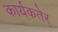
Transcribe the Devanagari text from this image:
कार्यकतेर्